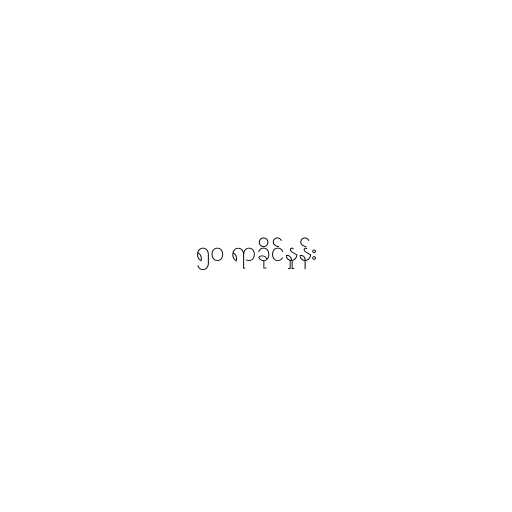
၅၀ ရာခိုင်နှုန်း